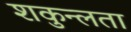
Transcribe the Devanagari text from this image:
शकुन्‍लता